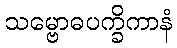
သမ္ဗောဓပက္ခိကာနံ